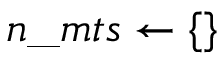
n \_ m t s \gets \{ \}